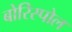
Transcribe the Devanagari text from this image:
बोरिस्पोल